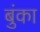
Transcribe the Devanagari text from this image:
बुंका